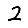
Digit: 2